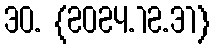
30. {2024.12.31}